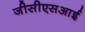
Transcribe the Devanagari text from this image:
जीसीएसआई